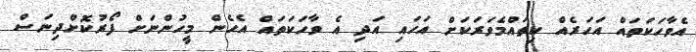
އެވާހަކަތައް އަހަރެއް ކިތައްމެވަރަކަށް އަހައި އަދި އެ ވާހަކަތައް އެހެން މީހުންނަށް ފޯރުކޮށްދިނަސް